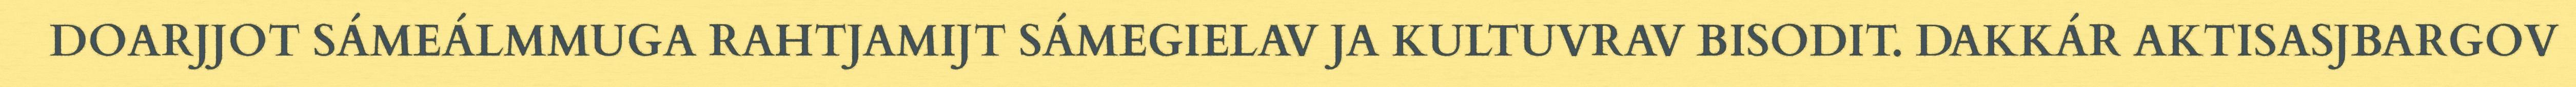
DOARJJOT SÁMEÁLMMUGA RAHTJAMIJT SÁMEGIELAV JA KULTUVRAV BISODIT. DAKKÁR AKTISASJBARGOV